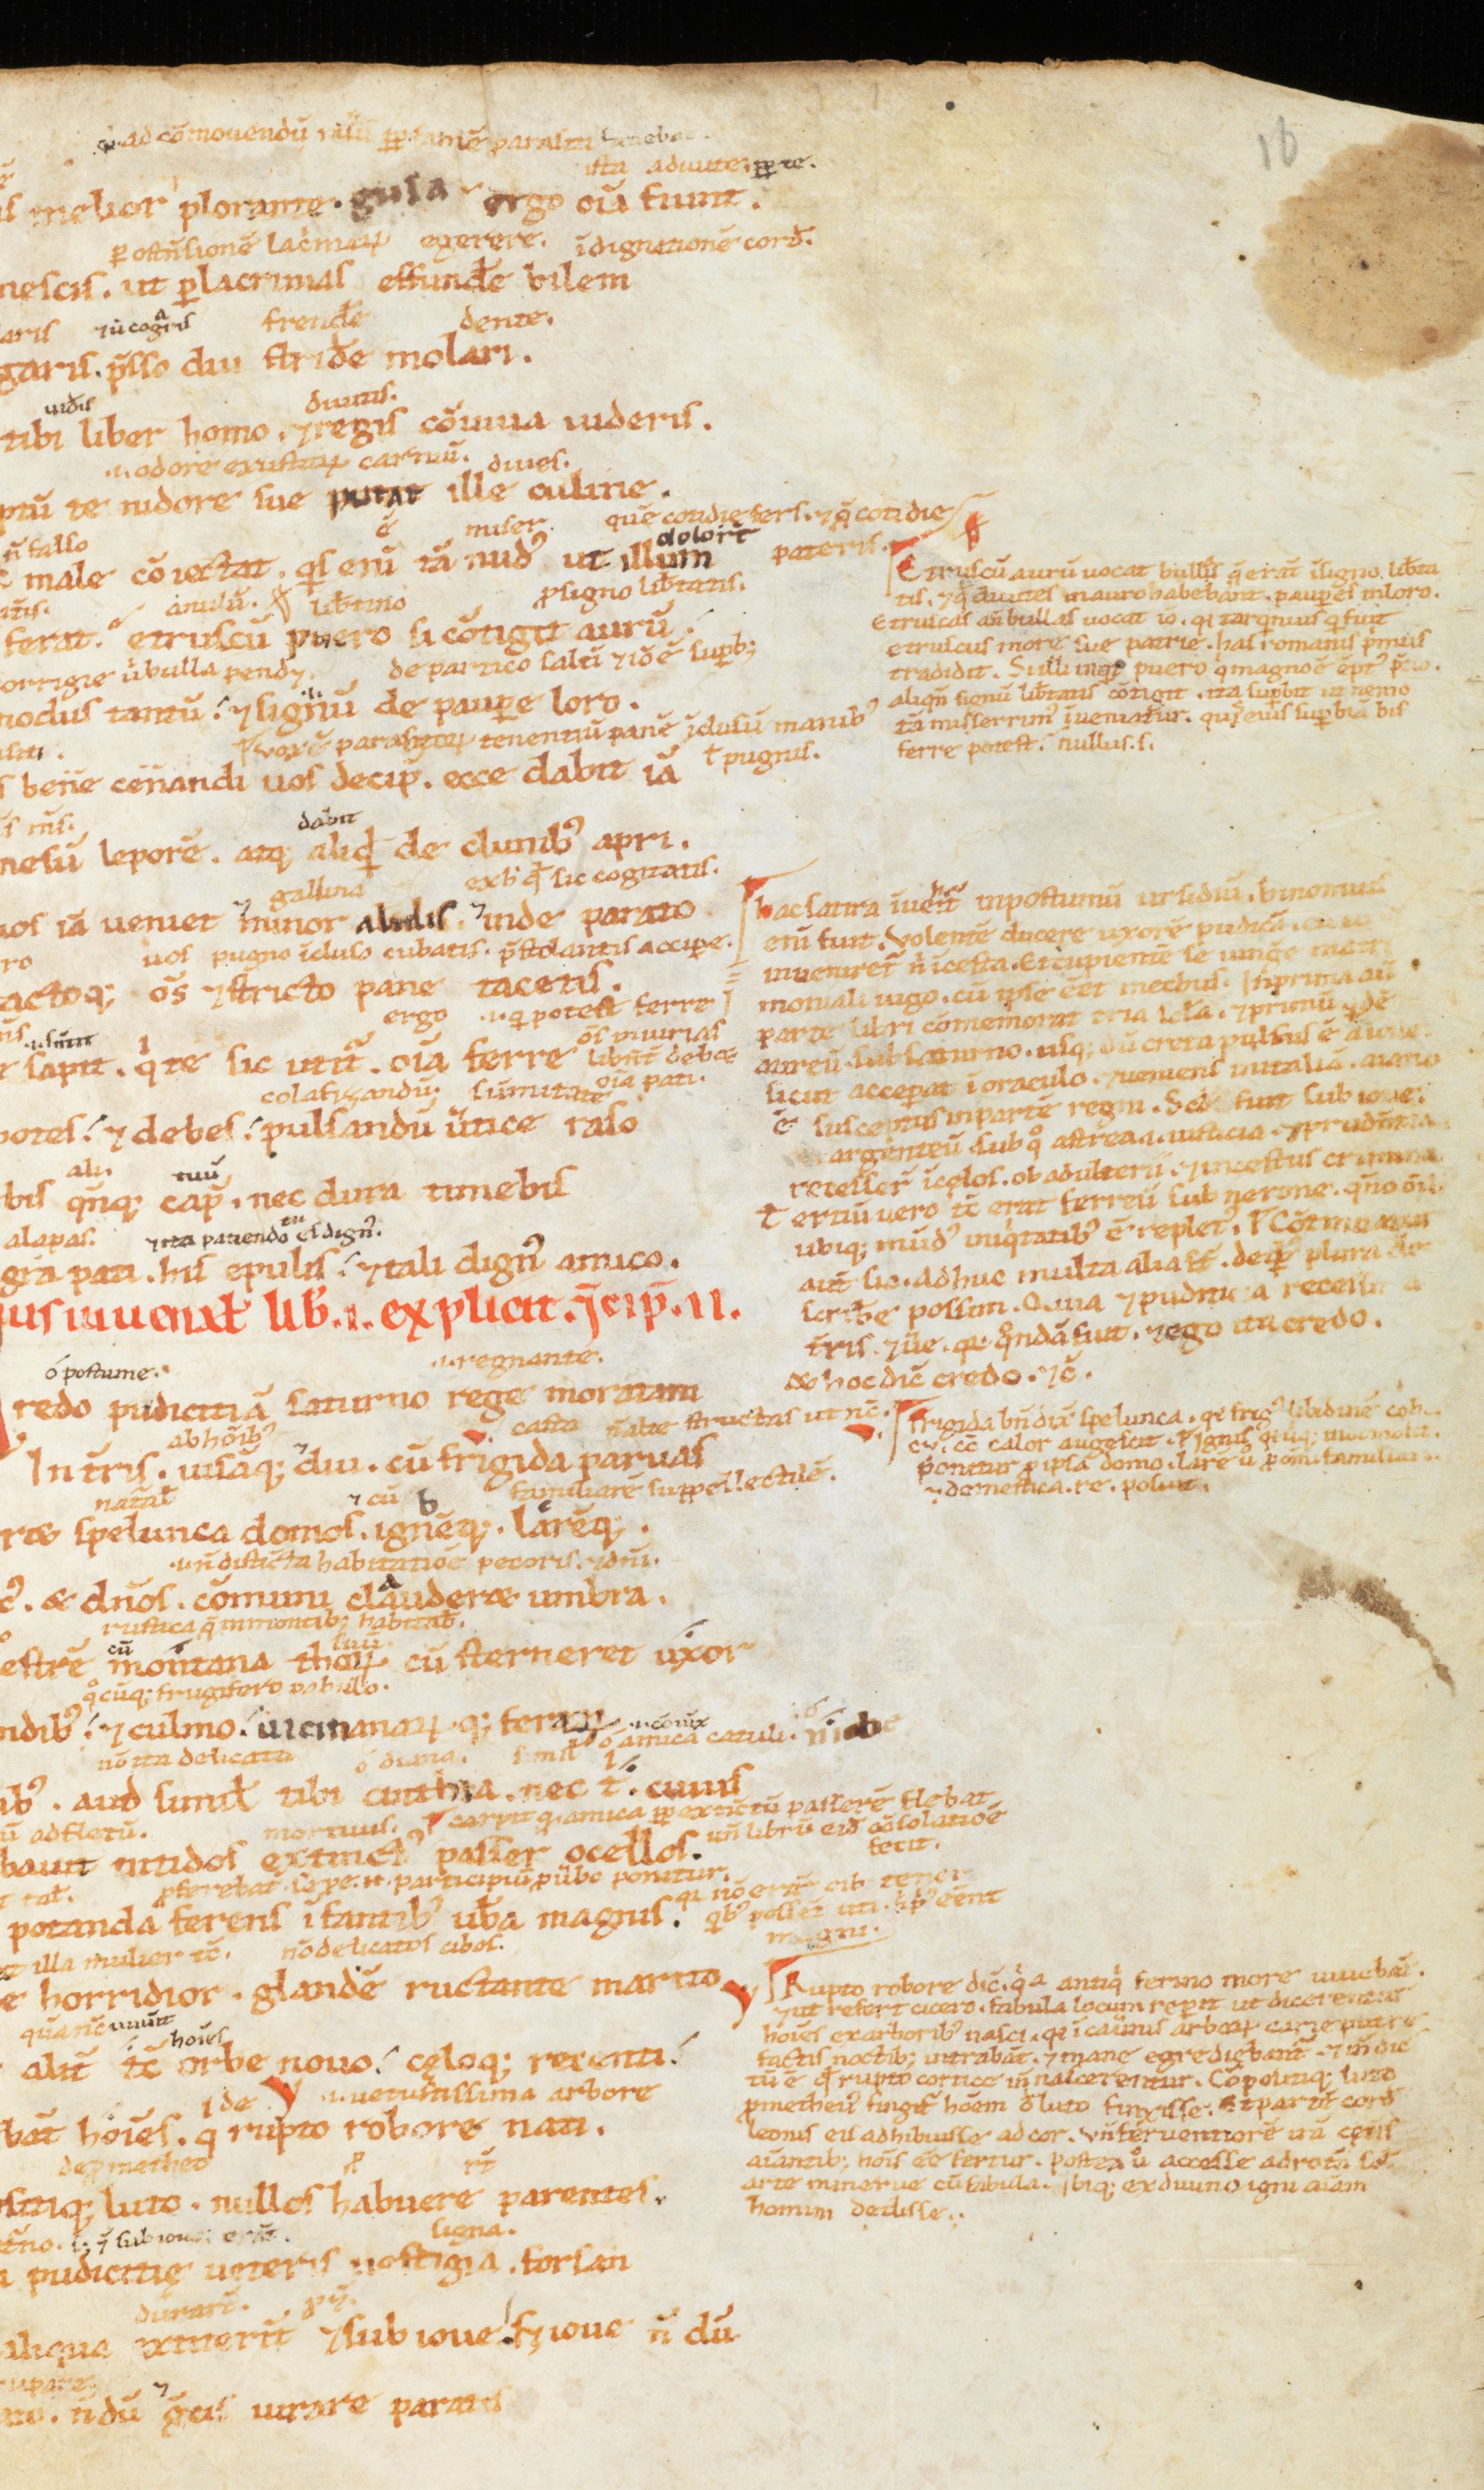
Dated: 1100–1199